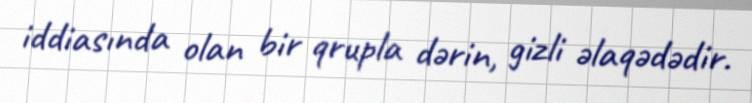
iddiasında olan bir qrupla dərin, gizli əlaqədədir.